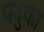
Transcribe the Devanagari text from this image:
पदुका